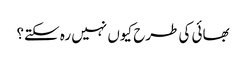
بھائی کی طرح کیوں نہیں رہ سکتے؟